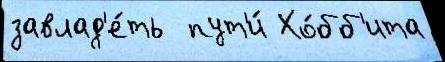
завлад'е́ть  пут'и́ Хо́бб'ита